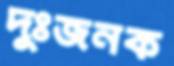
দুঃজনক